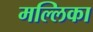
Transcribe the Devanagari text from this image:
मल्‍लिका